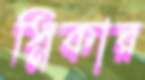
স্নিকার